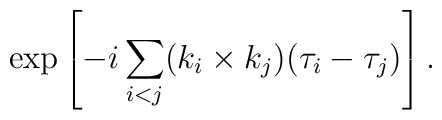
\exp \left[- i \sum_{i<j} (k_i \times k_j) (\tau_{i} - \tau_{j}) \right].